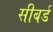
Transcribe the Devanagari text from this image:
सीबर्ड